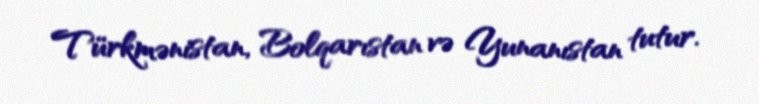
Türkmənistan, Bolqarıstan və Yunanıstan tutur.